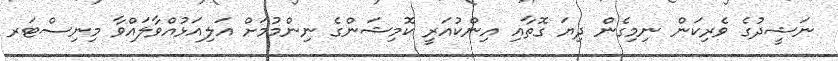
ނަޝީދުގެ ވެރިކަން ނިމިގެން ދިޔަ ގޮތާއި އިންކުއަރީ ކޮމިޝަންގެ ނިންމުމަށް އަލިއަޅުއްވާލައްވާ މިނިސްޓަރ